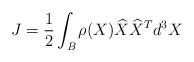
LaTeX: \begin{align*} J = \frac{1}{2}\int_\textit{B} \rho (X) \widehat{X}\widehat{X}^T d^3X \end{align*}